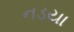
નડયા